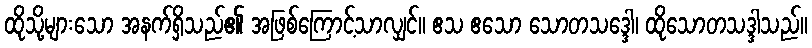
ထိုသို့များသော အနက်ရှိသည်၏ အဖြစ်ကြောင့်သာလျှင်။ ဧသ ဧသော သောတသဒ္ဒေါ၊ ထိုသောတသဒ္ဒါသည်။